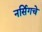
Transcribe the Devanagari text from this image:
नर्सिगचे